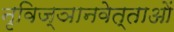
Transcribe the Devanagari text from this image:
नृविज्ञानवेत्ताओं